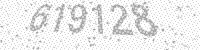
Solution: 619128